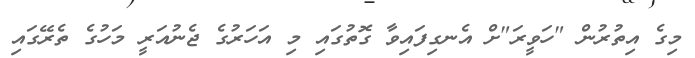
މިގެ އިތުރުން "ހަވީރަ"ށް އެނގިފައިވާ ގޮތުގައި މި އަހަރުގެ ޖެނުއަރީ މަހުގެ ތެރޭގައި